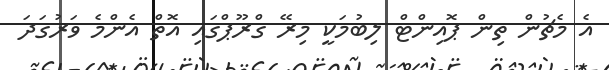
އެ މެޗުން ތިން ޕޮއިންޓް ލިބުމަކީ މިރޭ ގްރޫޕްގައި އޮތް އެންމެ ވަރުގަދަ